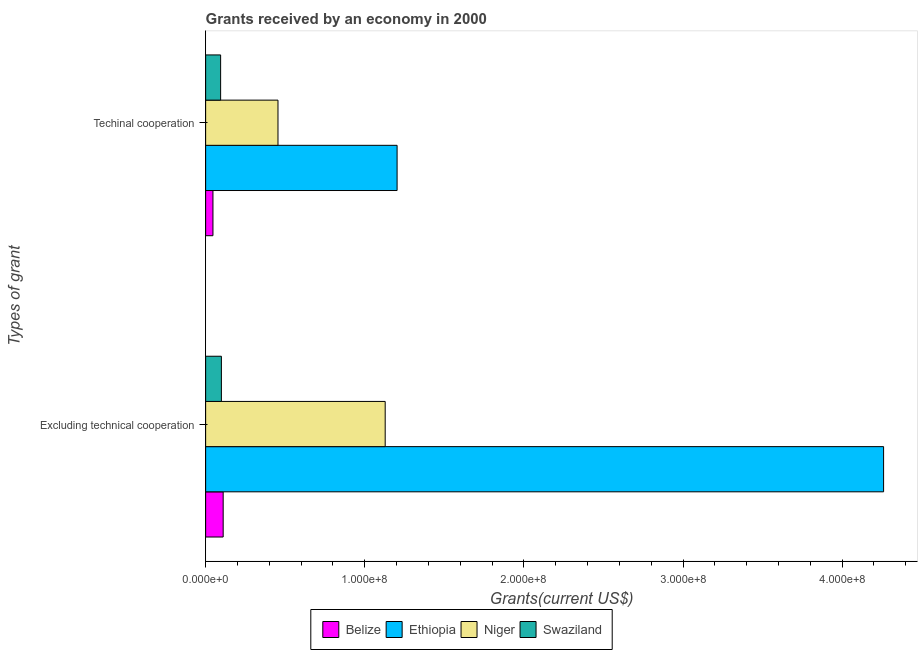
| Types of grant | Belize | Ethiopia | Niger | Swaziland |
 | --- | --- | --- | --- | --- |
 | Excluding technical cooperation | 1.1e+07 | 4.26e+08 | 1.13e+08 | 9.9e+06 |
 | Techinal cooperation | 4.6e+06 | 1.2e+08 | 4.55e+07 | 9.42e+06 |